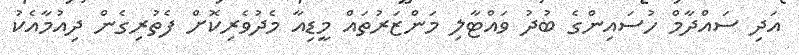
އަދި ސައްދާމް ހުސައިންގެ ބުދު ވައްޓާލި މަންޒަރުތައް މީޑިއާ މެދުވެރިކޮށް ފެތުރިގެން ދިއުމާއެކު